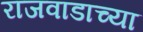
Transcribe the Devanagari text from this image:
राजवाडाच्या